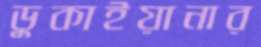
ডুকাইয়ানার